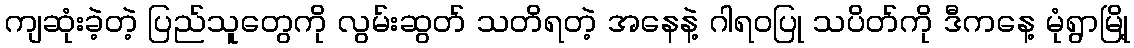
ကျဆုံးခဲ့တဲ့ ပြည်သူတွေကို လွမ်းဆွတ် သတိရတဲ့ အနေနဲ့ ဂါရဝပြု သပိတ်ကို ဒီကနေ့ မုံရွာမြို့